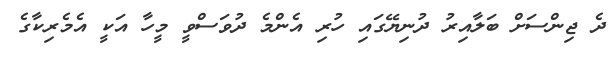
ދެ ޖިންސަށް ބަލާއިރު ދުނިޔޭގައި ހުރި އެންމެ ދުވަސްވީ މީހާ އަކީ އެމެރިކާގެ